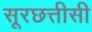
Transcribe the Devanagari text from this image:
सूरछत्तीसी